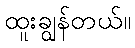
ထူးချွန်တယ်။